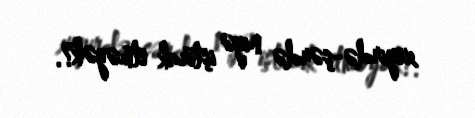
xeyirdə-şərdə niyə iştirak etməyək?.